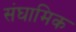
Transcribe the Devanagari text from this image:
संघामिक